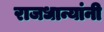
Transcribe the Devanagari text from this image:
राजधान्यांनी